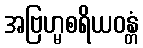
အဗြဟ္မစရိယဝန္တံ